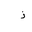
Letter: _thal